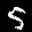
Label: 5